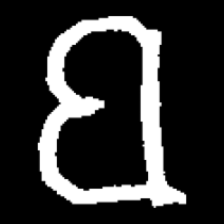
Pyu character \u2014 Myanmar letter: ဗ (romanized: ba)